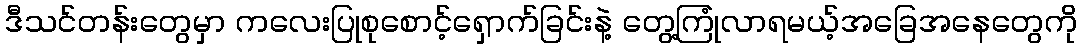
ဒီသင်တန်းတွေမှာ ကလေးပြုစုစောင့်ရှောက်ခြင်းနဲ့ တွေ့ကြုံလာရမယ့်အခြေအနေတွေကို